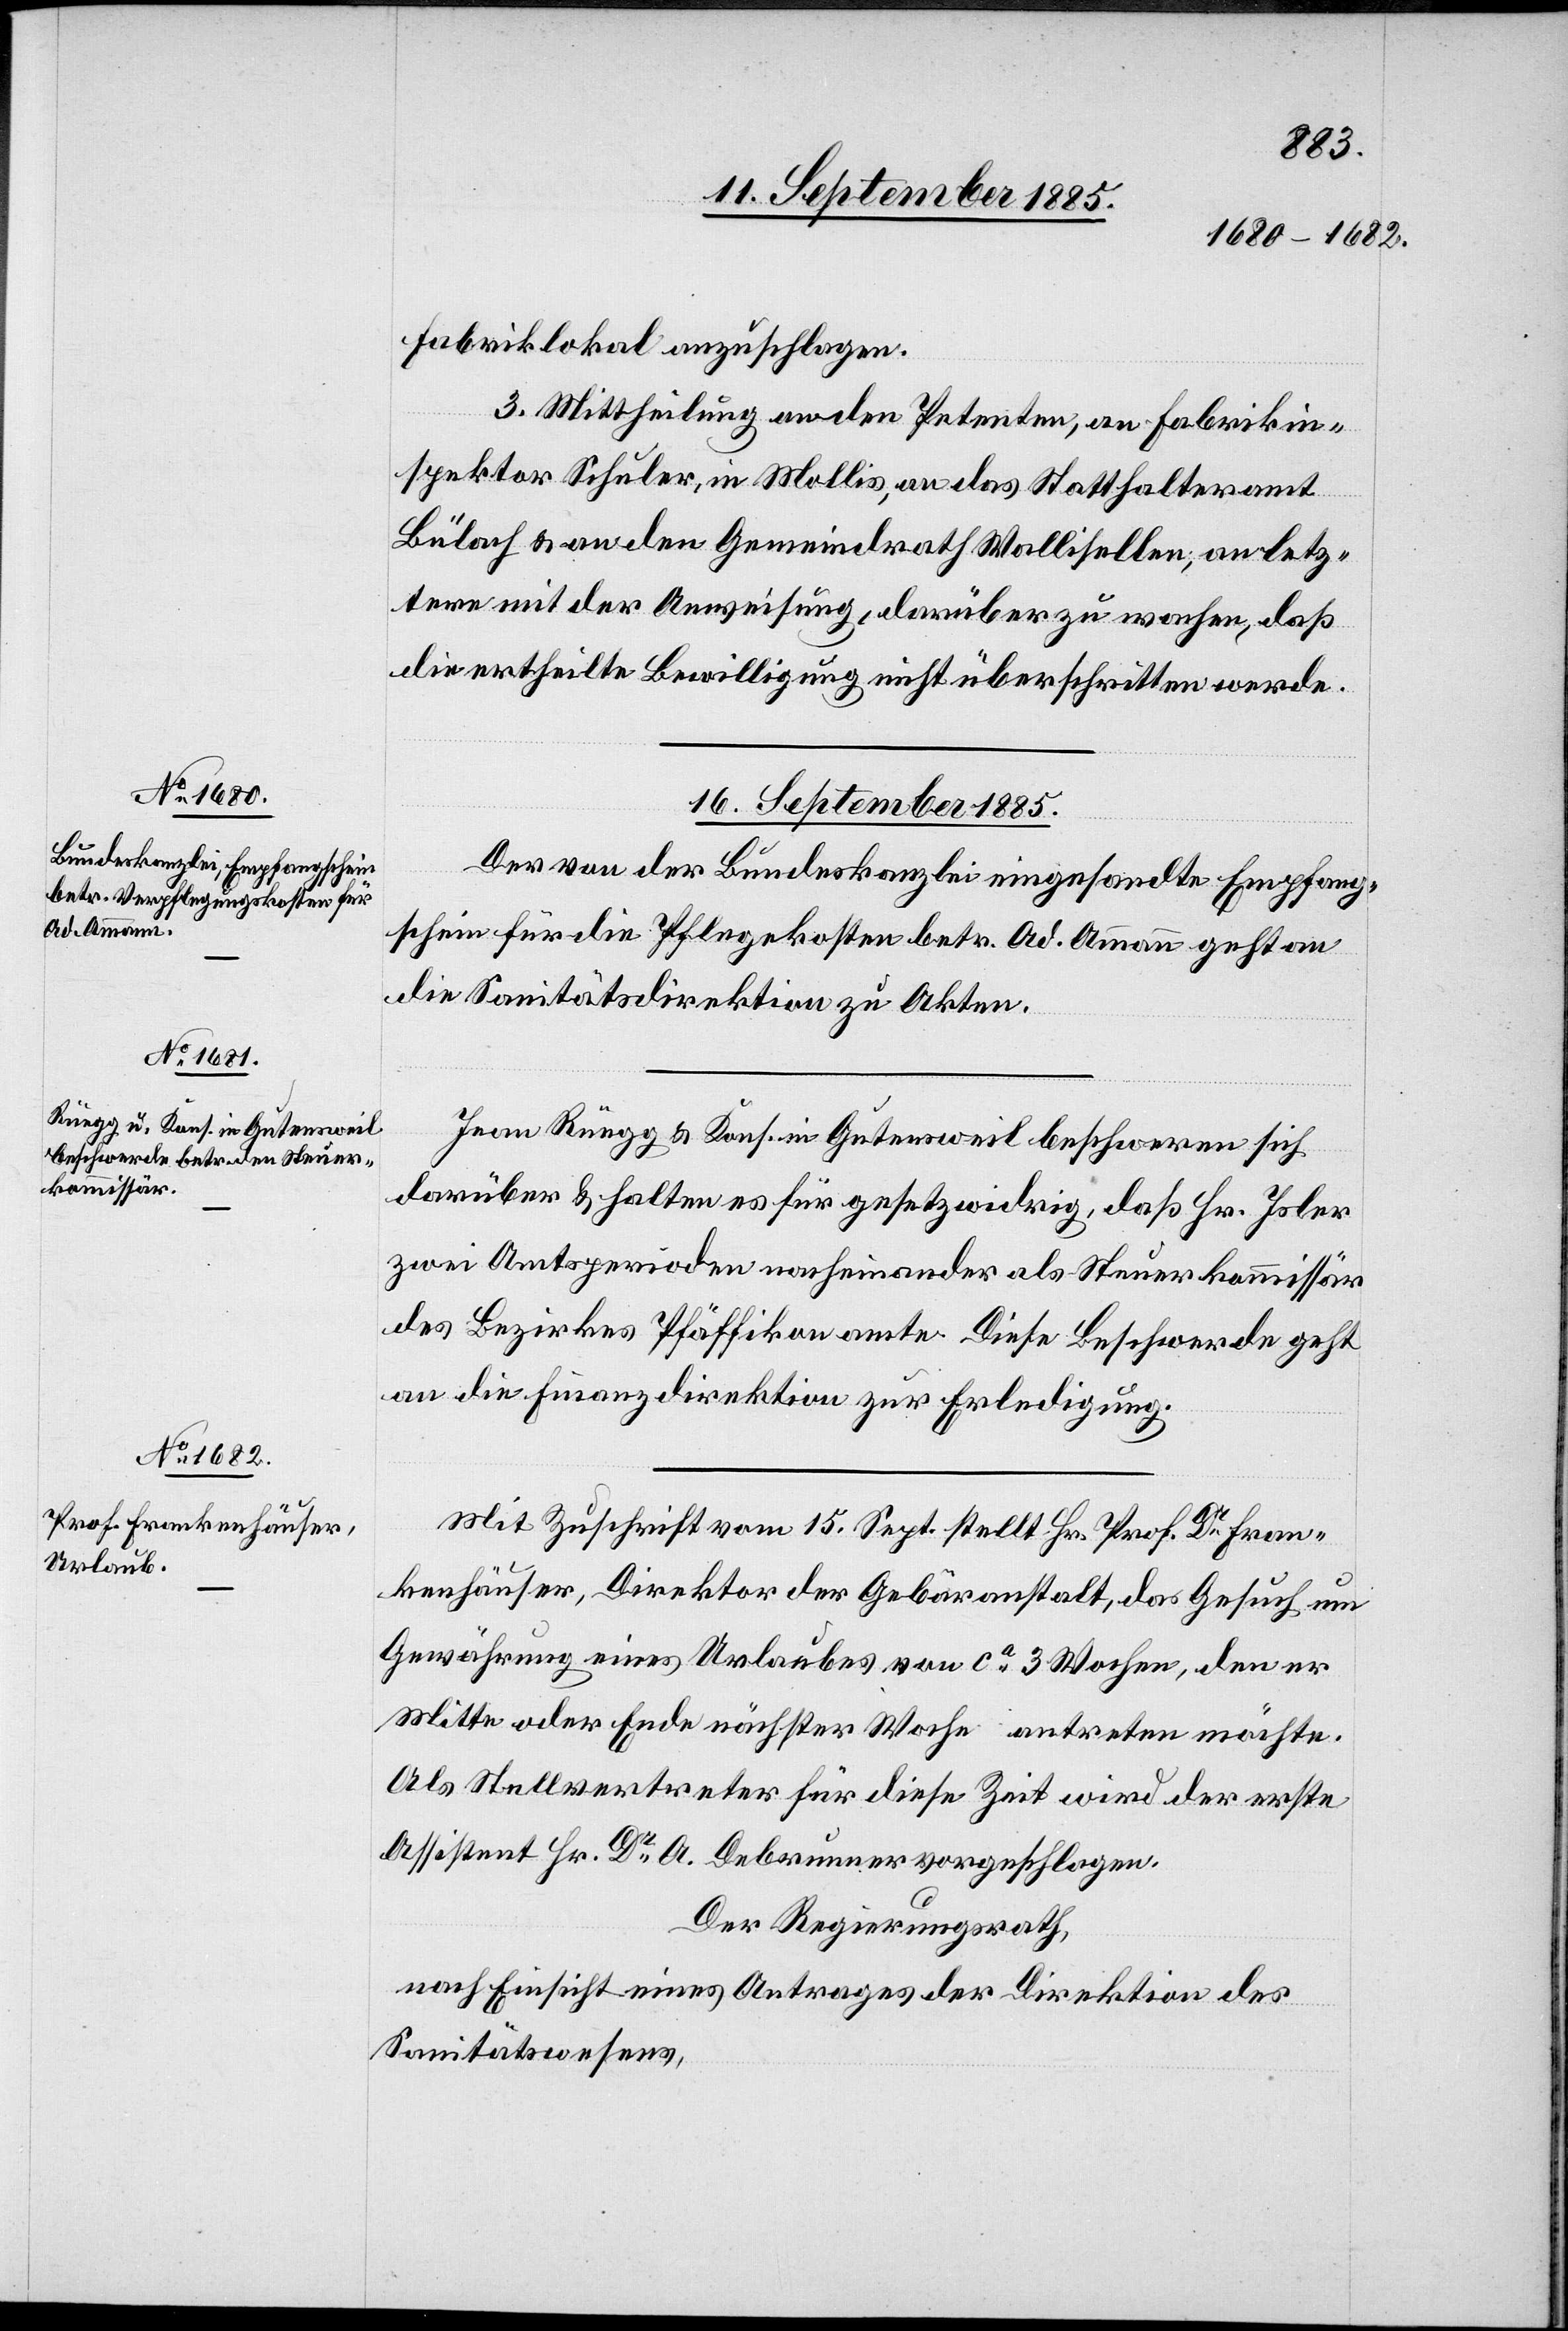
Fabriklokal anzuschlagen.
3. Mittheilung an den Petenten, an Fabrikin¬
spektor Schuler, in Mollis, an das Statthalteramt
Bülach & an den Gemeindrath Wallisellen, an letz¬
teren mit der Anweisung, darüber zu wachen, daß
die ertheilte Bewilligung nicht überschritten werde.
16. September 1885.]
Der von der Bundeskanzlei eingesandte Empfang¬
schein für die Pflegekosten betr. Ad. Ammann geht an
die Sanitätsdirektion zu Akten.
Jean Rüegg & Kons. in Gutensweil beschweren sich
darüber & halten es für gesetzeswidrig, daß Hr. Isler
zwei Amtsperioden nacheinander als Steuerkommissär
des Bezirkes Pfäffikon amte. Diese Beschwerde geht
an die Finanzdirektion zur Erledigung.
Mit Zuschrift vom 15. Sept. stellt Hr. Prof. Dr Fran¬
kenhauser, Direktor der Gebäranstalt, das Gesuch um
Gewährung eines Urlaubes von ca 3 Wochen, den er
Mitte oder Ende nächster Woche antreten möchte.
Als Stellvertreter für diese Zeit wird der erste
Assistent Hr. Dr A. Debrunner vorgeschlagen.
Der Regierungsrath,
nach Einsicht eines Antrages der Direktion des
Sanitätswesens,